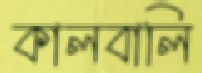
কালবালি